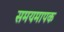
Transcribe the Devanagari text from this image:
समयमापक